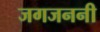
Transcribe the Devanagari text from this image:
जगजननी